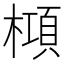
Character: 𬄝